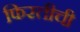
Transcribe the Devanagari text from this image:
फिरतीची